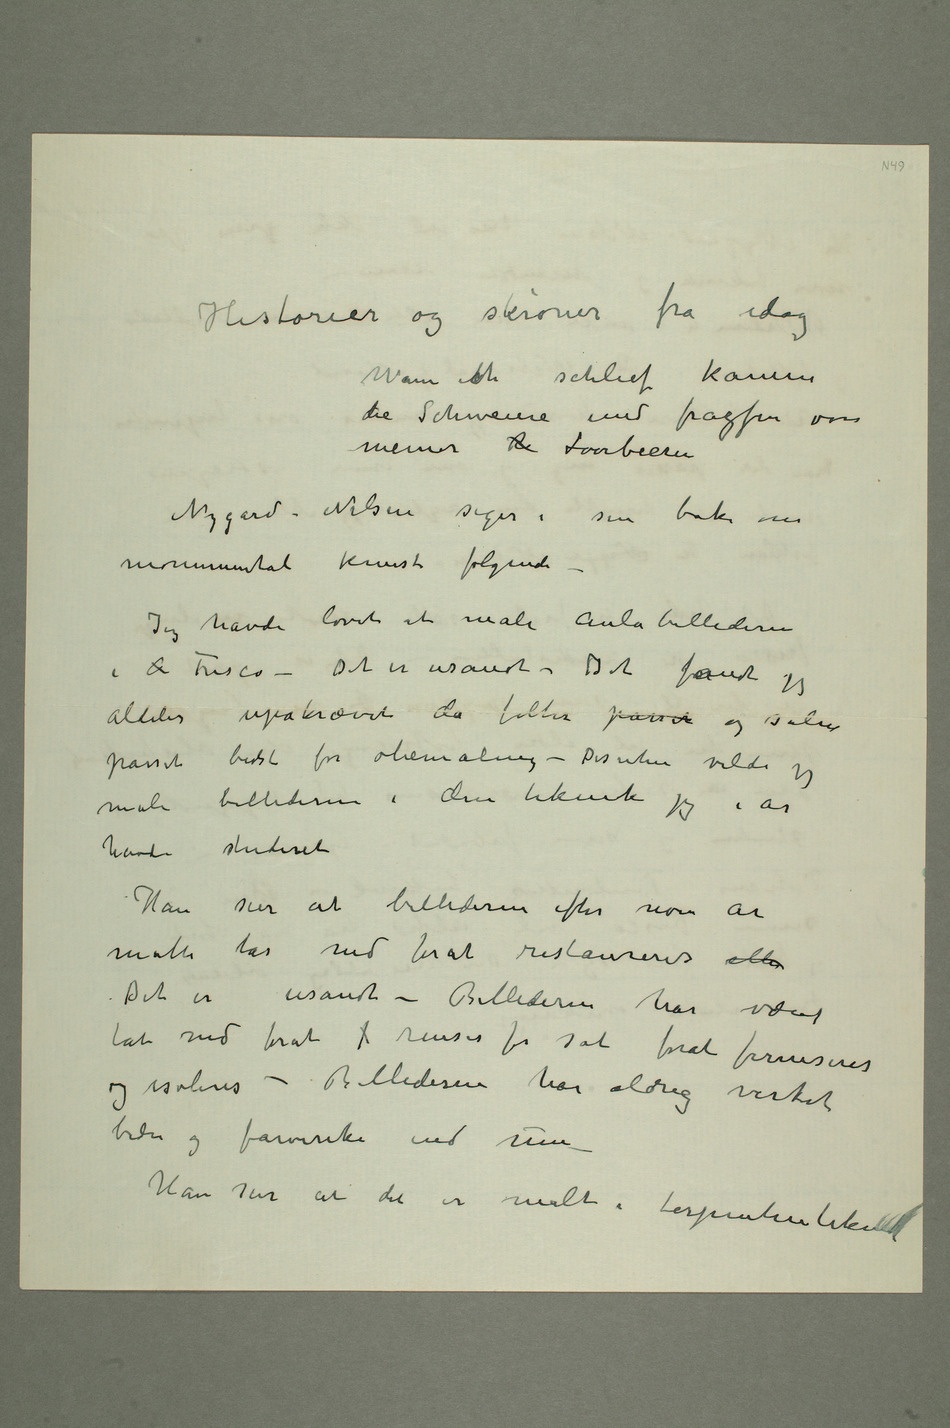
Historier og skrøner fra idag
Wann ich schlief kamen
die Schweine und frasten von
meiner R Loorbeeren
Nygård-Nilsen siger i sin bok om
monumental kunst følgende
– Jeg havde lovet at male Aulabillederne
i O Fresco – Det er usandt – Det fandt jeg
aldeles upåkrævet da felter passet og salen
passet bedst for oliemaling – Desuten vilde
jeg
male billederne i den teknik jeg i år
havde studeret
Han sier at billederne efter noen år
måtte tas ned for at restaureres eller
Det er usandt – Aulabillederne har været
tat ned forat f renses for sot forat ferniseres
og isoleres – Billederne har aldrig virket
bedre og farverike end nu –